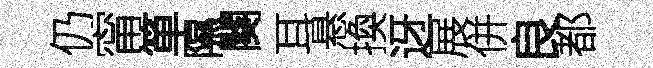
仍甯箪隰闋耳悬換迓展併良都